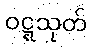
ဝဋ္ဋသုတ်